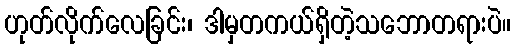
ဟုတ်လိုက်လေခြင်း၊ ဒါမှတကယ်ရှိတဲ့သဘောတရားပဲ။